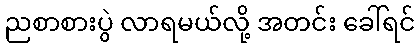
ညစာစားပွဲ လာရမယ်လို့ အတင်း ခေါ်ရင်